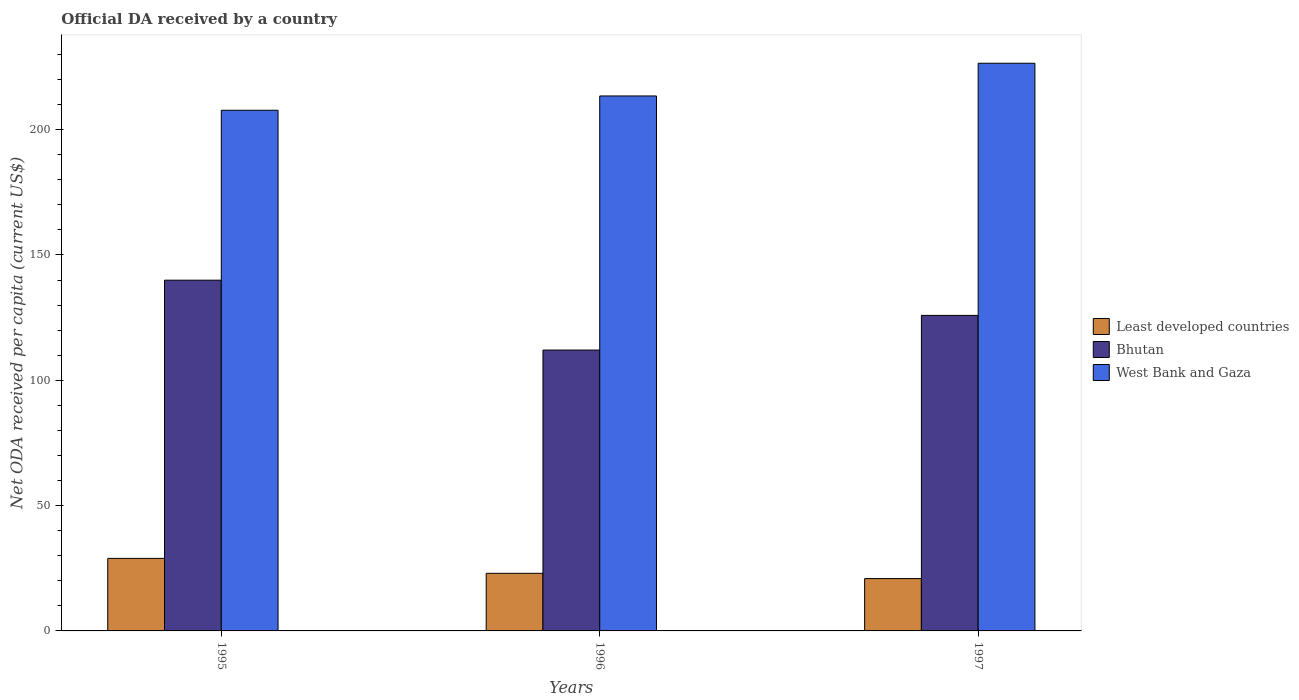
| Years | Least developed countries | Bhutan | West Bank and Gaza |
 | --- | --- | --- | --- |
 | 1995 | 28.9 | 140 | 208 |
 | 1996 | 23 | 112 | 213 |
 | 1997 | 20.9 | 126 | 227 |